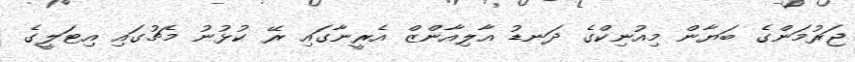
ޖަރުމަންގެ ބަޔާން މިއުނިކްގެ ދަނޑު އާލިއާންޒް އެރީނާގައި ރޭ ކުޅުނު މެޗުގައި އިޓަލީގެ